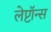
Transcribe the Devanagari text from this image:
लेप्टॉन्स